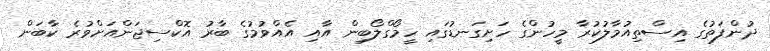
ދުންފަތުގެ އިސްތިއުމާލުކުރާ މީހުންގެ ހަށިގަނޑުގައި ހީމޯގްލޯބިން އާއި އެއްވުމުގެ ބާރު އޮކްސިޖަންއަށްވުރެ ކާބަން